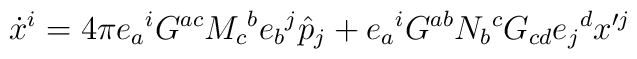
\dot{x}^i  =  4\pi e_a{}^i G^{ac}M_c{}^b e_b{}^j \hat{p}_j    + e_a{}^i G^{ab}N_b{}^c G_{cd} e_j{}^d x'^j